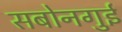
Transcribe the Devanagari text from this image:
सबोनगुई